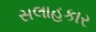
સલાહકાર